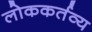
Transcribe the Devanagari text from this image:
लोककर्तव्य